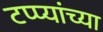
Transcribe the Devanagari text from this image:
टप्प्यांच्या